Scientific memoirs by medical officers of the Army of India - Part XI,
Year: 1898
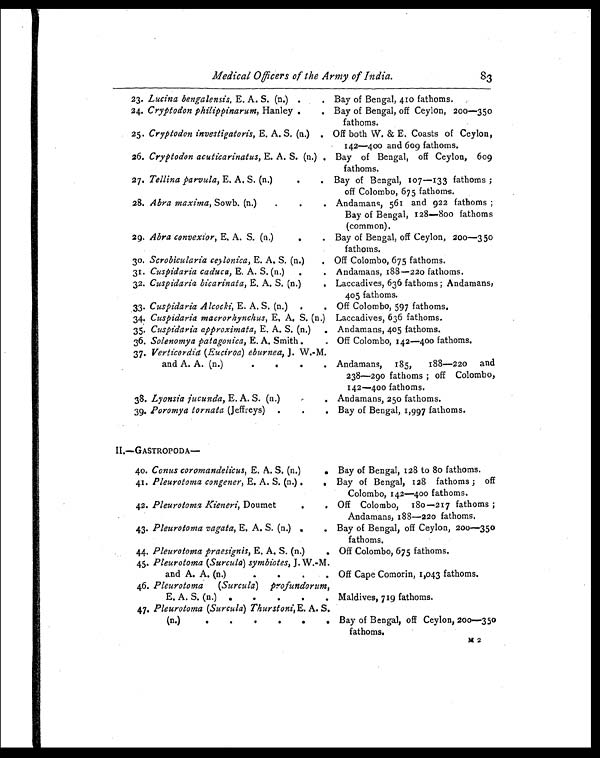
Medical Officers of the Army of India. 83
23. Lucina bengalensis, E. A. S. (n,) .
. Bay of Bengal, 410 fathoms.
24. Cryptodon philippinarum, Hanley .
. Bay of Bengal, off Ceylon, 200—350
fathoms.
25. Cryptodon investigatoris, E. A. S. (n.) . Off both W. & E. Coasts of Ceylon,
142—400 and 609 fathoms.
26. Cryptodon acuticarinatus, E. A. S. (n.) . Bay of Bengal, off Ceylon, 609
fathoms.
27. Tellina parvula, E. A. S. (n.)
.
. Bay of Bengal, 107—133 fathoms ;
off Colombo, 675 fathoms.
28. Abra maxima, Sowb. (n.)
.
.
. Andamans, 561 and 922 fathoms ;
Bay of Bengal, 128—800 fathoms
(common).
29. Abra convexior, E. A. S. (n.)
. Bay of Bengal, off Ceylon, 200—350
fathoms.
30. Scrobicularia ceylonica, E. A. S. (n.)
. Off Colombo, 675 fathoms.
31. Cuspidaria caduca, E, A. S. (n.) .
. Andamans, 188—220 fathoms.
32. Cuspidaria bicarinata, E. A. S. (n.)
. Laccadives, 636 fathoms ; Andamans,
405 fathoms.
33. Cuspidaria Alcocki, E. A. S. (n.) .
. Off Colombo, 597 fathoms.
34. Cuspidaria macrorhynchus, E, A. S. (n.) Laccadives, 636 fathoms.
35. Cuspidaria approximata, E. A. S. (n.) . Andamans, 405 fathoms.
36. Solenomya patagonica, E. A. Smith .
Off Colombo, 142—400 fathoms.
37. Verticordia (Euciroa) eburnea, J. W.-M.
and A. A. (n.)
.
.
.
. Andamans, 185,
188—220 and
238—290 fathoms off Colombo,
142—400 fathoms.
38. Lyonsia jucunda, E. A. S. (n.)
.
. Andamans, 250
—5
39. Poromya tornata (Jeffreys) .
.
. Bay of Bengal, 1,997 fathoms.
II.—GASTROPODA-
Bay of Bengal, 128 to 8o fathoms.
40. Conus coromandelicus, E. A. S. (n.)
.
41. Pleurotoma congener, E. A. S. (n.) .
. Bay of Bengal, 128 fathoms ; off
Colombo, 142—400 fathoms.
42. Pleurotoma Kieneri, Doumet
.
. Off Colombo, 180—217 fathoms ;
Andamans, 188—220 fathoms.
43. Pleurotoma vagata, E A. S. (n.) .
. Bay of Bengal, off Ceylon, 200—350
fathoms.
44. Pleurotoma praesignis, E. A. S. (n.)
. Off Colombo, 675 fathoms.
45. Pleurotoma (Surcula) symbiotes, J. W.-M.
and A. A. (n.)
.
.
. Off Cape Comorin, 1,043 fathoms.
46. Pleurotoma (Surcula) profundorum,
E. A. S. (n.) .
.
.
.
. Maldives, 719 fathoms.
47. Pleurotoma (Surcula) Thurstoni, E. A. S.
(n.)
.
.
. . . . Bay of Bengal, off Ceylon, 200—350
fathoms.
M2